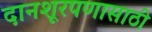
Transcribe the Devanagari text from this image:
दानशूरपणासाठी